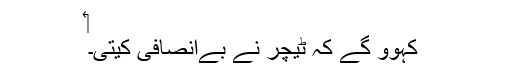
‏
کہوو گے کہ ٹیچر نے بےاِنصافی کیتی۔